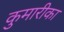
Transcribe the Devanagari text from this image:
कुमारीका